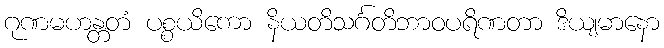
ဂုဏမဟန္တတံ ပစ္စယိကော နိယတိသင်္ဂတိဘာဝပရိဏတာ ဒိယျမာနော